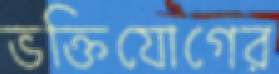
ভক্তিযোগের